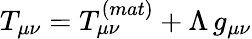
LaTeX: T_{\mu\nu}=T_{\mu\nu}^{(mat)}+\Lambda\, g_{\mu\nu}